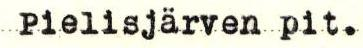
Pielisjärven pit.